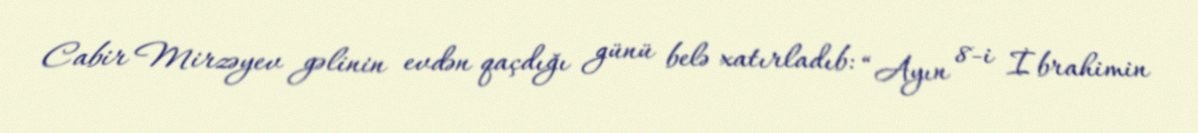
Cabir Mirzəyev gəlinin evdən qaçdığı günü belə xatırladıb: “Ayın 8-i İbrahimin